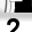
Digit: 2